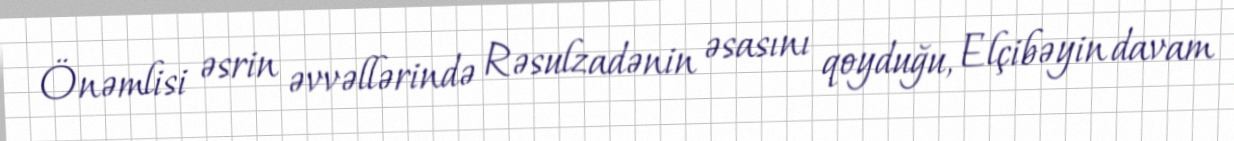
Önəmlisi əsrin əvvəllərində Rəsulzadənin əsasını qoyduğu, Elçibəyin davam